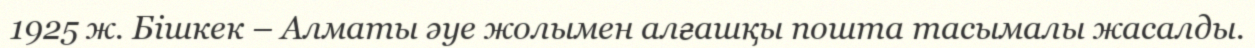
1925 ж. Бішкек – Алматы әуе жолымен алғашқы пошта тасымалы жасалды.